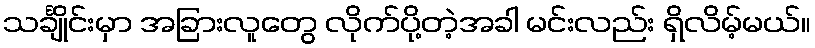
သင်္ချိုင်းမှာ အခြားလူတွေ လိုက်ပို့တဲ့အခါ မင်းလည်း ရှိလိမ့်မယ်။